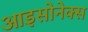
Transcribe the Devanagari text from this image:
आइसोनेक्स